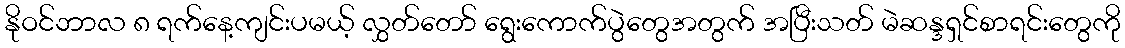
နိုဝင်ဘာလ ၈ ရက်နေ့ကျင်းပမယ့် လွှတ်တော် ရွေးကောက်ပွဲတွေအတွက် အပြီးသတ် မဲဆန္ဒရှင်စာရင်းတွေကို